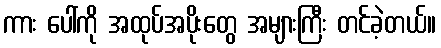
ကား ပေါ်ကို အထုပ်အပိုးတွေ အများကြီး တင်ခဲ့တယ်။